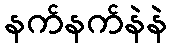
နက်နက်နဲနဲ